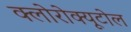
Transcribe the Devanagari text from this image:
क्लोरोक्यूटोल